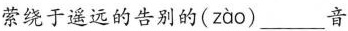
萦绕于遥远的告别的( zao )___音